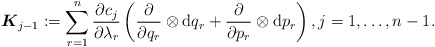
\begin{align*} \boldsymbol{K}_{j-1}:=\sum_{r=1}^n \frac{\partial c_j}{\partial \lambda_r} \left( \frac{\partial}{\partial q_r}\otimes \mathrm{d} q_r+ \frac{\partial}{\partial p_r}\otimes \mathrm{d} p_r\right), j=1,\ldots,n-1. \end{align*}